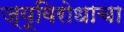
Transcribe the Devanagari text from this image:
ज्यूविरोधाचा